Report on lock hospitals in British Burma
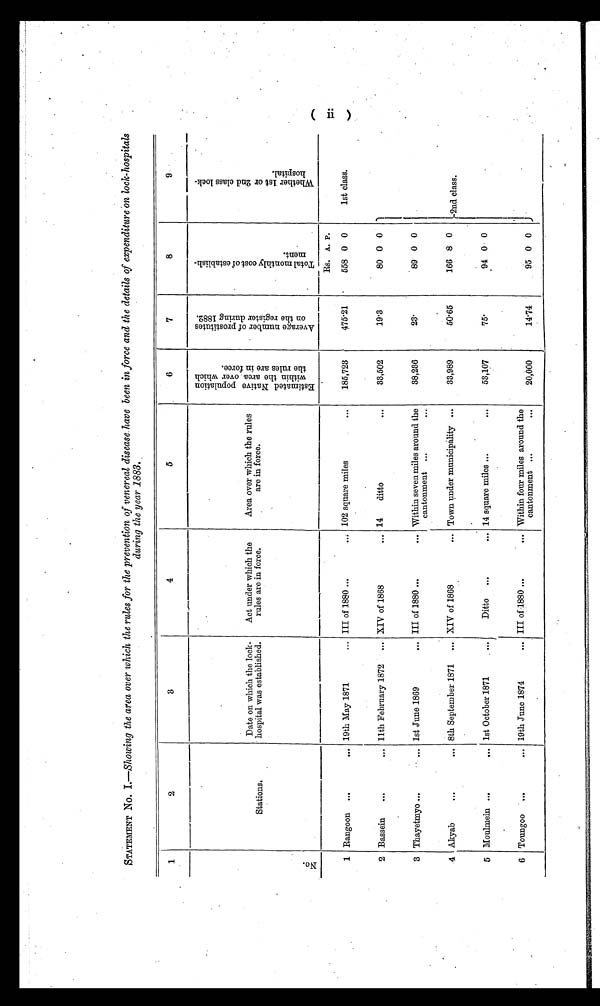
STATEMENT No. I .—Showing the area over which the rules for the prevention of venereal disease have been in force and the details of expenditure on lock-hospitals
during the year 1883.
1
2
3
4
5
6
7
8
9
N o .
Stations.
Date on which the lock-
hospital was established.
Act under which the
rules are in force.
Area over which the rules
are in force.
E s t i m a t e d N a t i v e p o p u l a t i o n
w i t h i n t h e a r e a o v e r w h i c ht
h e r u l e s a r e i n f o r c e .
A v e r a g e n u m b e r o f p r o s t i t u t e s
o n t h e r e g i s t e r d u r i n g 1 8 8 2 .
T o t a l m o n t h l y c o s t o f e s t a b l i s h -
m e n t .
W h e t h e r 1 s t o r 2 n d c l a s s l o c k .
h o s p i t a l .
1 Rangoon ...
...
_
19th May 1871
... III of 1880 ...
. . . 102 square miles
. . .
185,723
475.21
Rs. A. P.
558 0 0
1st class.
2 Bassein
...
... 11th February 1872
... XIV of 1868
... 14
ditto
. . .
33,502
19.3
80 0 0
3 Thayetmyo ...
... 1st June 1869
... III of 1880 ...
... Within seven miles around the
cantonment ...
. . .
38,236
23.
89 0 0
4 Akyab
. . .
... 8th September 1871 ... XIV of 1868
... Town under municipality ...
33,989
50.65
166 8 0
2nd class.
5 Moulmein ...
... 1st October 1871
. ..
Ditto
...
... 14 square miles ...
. . .
53,107
75.
94 0 0
6 Toungoo ...
... 19th June 1874
... III of -1880 ...
... Within four miles around the
cantonment ...
. . .
20,000
14.74
95 0 0
( i i )